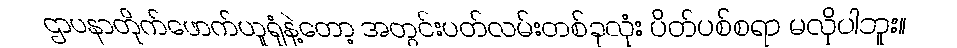
ဌာပနာတိုက်ဖောက်ယူရုံနဲ့တော့ အတွင်းပတ်လမ်းတစ်ခုလုံး ပိတ်ပစ်စရာ မလိုပါဘူး။